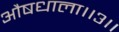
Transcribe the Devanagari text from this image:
औषधाला।।३।।